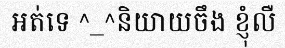
អត់ទេ ^_^និយាយចឹង ខ្ញុំលឺ